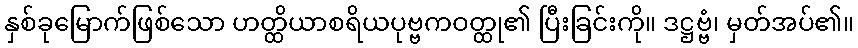
နှစ်ခုမြောက်ဖြစ်သော ဟတ္ထိယာစရိယပုဗ္ဗကဝတ္ထု၏ ပြီးခြင်းကို။ ဒဋ္ဌဗ္ဗံ၊ မှတ်အပ်၏။